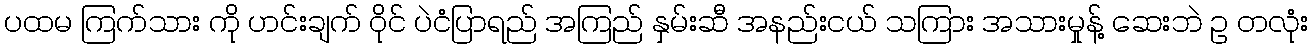
ပထမ ကြက်သား ကို ဟင်းချက် ဝိုင် ပဲငံပြာရည် အကြည် နှမ်းဆီ အနည်းငယ် သကြား အသားမှုန့် ဆေးဘဲ ဥ တလုံး